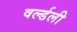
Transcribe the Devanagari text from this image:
वर्ल्डली